Supplement to the account of plague administration in the Bombay Presidency from September 1896 till May 1897
Year: 1896
Disease focus: Plague
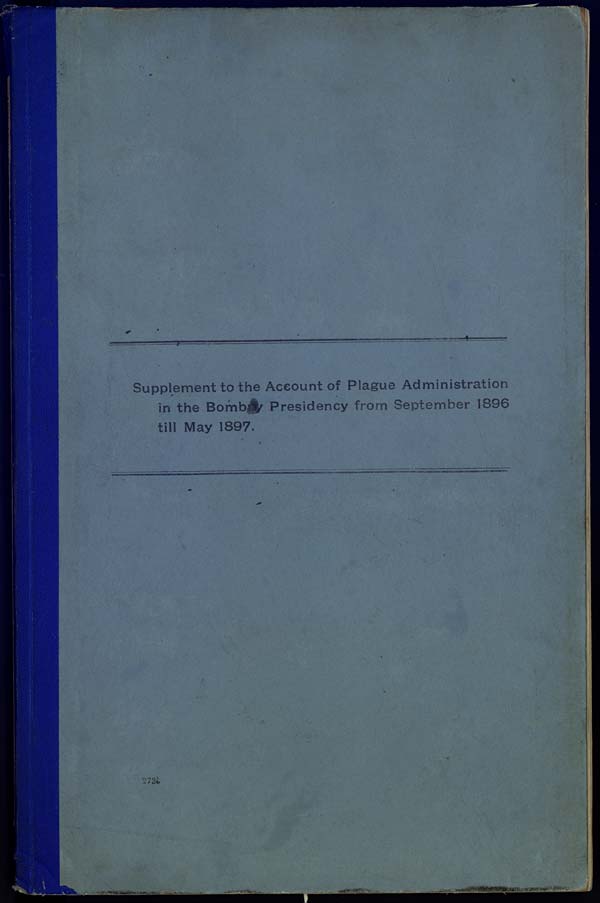
Supplement to the Account of Plague Administration
in the Bombay Presidency from September 1896
till May 1897.